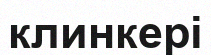
клинкері